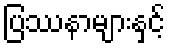
ပြဿနာများနှင့်